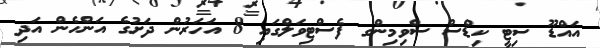
އައްޑޫ ސިޓީ ކިޑްސް ސްވިމިންގ ފެސްޓިވަލްގައި 8 އަހަރުން ދަށުގެ އަންހެން އަދި